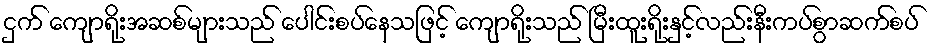
ငှက် ကျောရိုးအဆစ်များသည် ပေါင်းစပ်နေသဖြင့် ကျောရိုးသည် မြီးထူးရိုးနှင့်လည်းနီးကပ်စွာဆက်စပ်